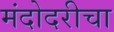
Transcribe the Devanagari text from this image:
मंदोदरीचा